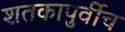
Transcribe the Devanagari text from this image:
शतकापुर्वीच